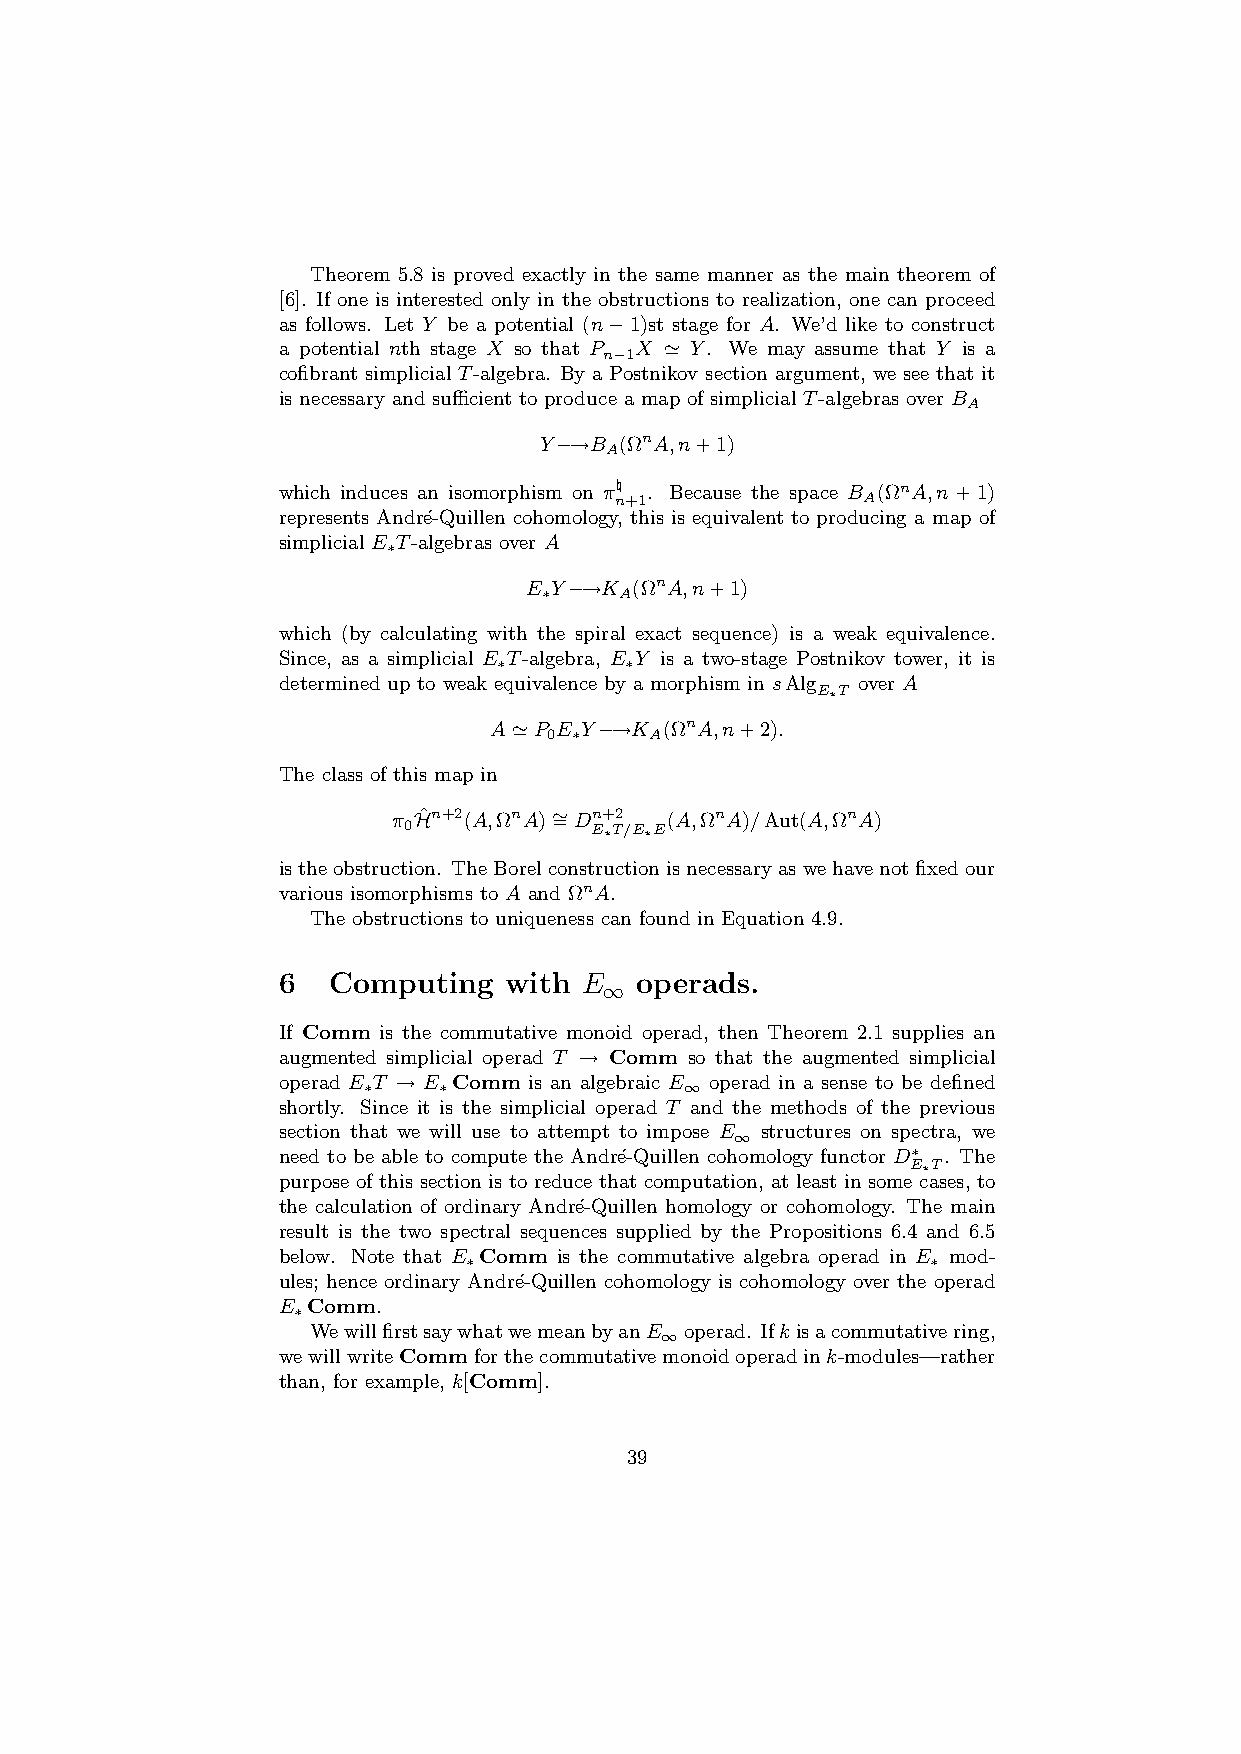
Theorem 5.8 is proved exactly in the same manner as the main theorem of
 [6]. If one is interested only in the obstructions to realization, one can proceed
 as follows. Let Y be a potential (n−1)st stage for A. We’d like to construct
 a potential nth stage X so that P X ’ Y. We may assume that Y is a
 n−1
 cofibrant simplicial T-algebra. By a Postnikov section argument, we see that it
 is necessary and sufficient to produce a map of simplicial T-algebras over B
 A
 Y−→B (ΩnA,n+1)
 A
 which induces an isomorphism on π\ . Because the space B (ΩnA,n+1)
 n+1             A
 represents Andr´e-Quillen cohomology, this is equivalent to producing a map of
 simplicial E T-algebras over A
 ∗
 E Y−→K (ΩnA,n+1)
 ∗    A
 which (by calculating with the spiral exact sequence) is a weak equivalence.
 Since, as a simplicial E T-algebra, E Y is a two-stage Postnikov tower, it is
 ∗       ∗
 determined up to weak equivalence by a morphism in sAlg over A
 E∗T
 A’P  E Y−→K (ΩnA,n+2).
 0 ∗    A
 The class of this map in
 π Hˆn+2(A,ΩnA)∼ =Dn+2 (A,ΩnA)/Aut(A,ΩnA)
 0           E∗T/E∗E
 istheobstruction. TheBorelconstructionisnecessaryaswehavenotfixedour
 various isomorphisms to A and ΩnA.
 The obstructions to uniqueness can found in Equation 4.9.
 6   Computing  with E   operads.
 ∞
 If Comm is the commutative monoid operad, then Theorem 2.1 supplies an
 augmented simplicial operad T → Comm so that the augmented simplicial
 operad E T → E Comm is an algebraic E operad in a sense to be defined
 ∗    ∗               ∞
 shortly. Since it is the simplicial operad T and the methods of the previous
 section that we will use to attempt to impose E structures on spectra, we
 ∞
 need to be able to compute the Andr´e-Quillen cohomology functor D∗ . The
 E∗T
 purpose of this section is to reduce that computation, at least in some cases, to
 the calculation of ordinary Andr´e-Quillen homology or cohomology. The main
 result is the two spectral sequences supplied by the Propositions 6.4 and 6.5
 below. Note that E Comm is the commutative algebra operad in E mod-
 ∗                              ∗
 ules; hence ordinary Andr´e-Quillen cohomology is cohomology over the operad
 E Comm.
 ∗
 WewillfirstsaywhatwemeanbyanE operad. Ifkisacommutativering,
 ∞
 wewillwriteCommforthecommutativemonoidoperadink-modules—rather
 than, for example, k[Comm].
 39